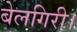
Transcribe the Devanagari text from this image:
बेलगिरी।